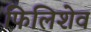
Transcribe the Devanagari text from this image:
फिलिशेव